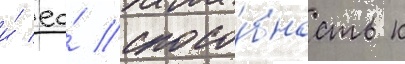
и́ ео́ спосо́бность к